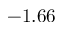
- 1 . 6 6